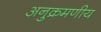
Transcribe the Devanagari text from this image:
अनुक्रमणीय